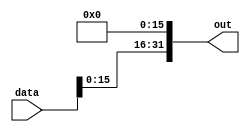
module sixteen_bit_left_shift(data, out);
input [31:0] data;
output [31:0] out;
assign out[0] = 1'b0;
assign out[1] = 1'b0;
assign out[2] = 1'b0;
assign out[3] = 1'b0;
assign out[4] = 1'b0;
assign out[5] = 1'b0;
assign out[6] = 1'b0;
assign out[7] = 1'b0;
assign out[8] = 1'b0;
assign out[9] = 1'b0;
assign out[10] = 1'b0;
assign out[11] = 1'b0;
assign out[12] = 1'b0;
assign out[13] = 1'b0;
assign out[14] = 1'b0;
assign out[15] = 1'b0;
assign out[16] = data[0];
assign out[17] = data[1];
assign out[18] = data[2];
assign out[19] = data[3];
assign out[20] = data[4];
assign out[21] = data[5];
assign out[22] = data[6];
assign out[23] = data[7];
assign out[24] = data[8];
assign out[25] = data[9];
assign out[26] = data[10];
assign out[27] = data[11];
assign out[28] = data[12];
assign out[29] = data[13];
assign out[30] = data[14];
assign out[31] = data[15];
endmodule